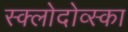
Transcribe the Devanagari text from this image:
स्क्लोदोव्स्का